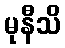
မုနီသိ